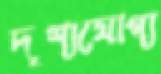
দৃশ্যযোগ্য